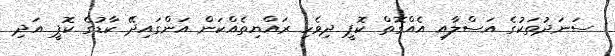
ސަނަދުތަކުގެ އަސްލާއި އެއްގޮތް ކޮޕީ ދިވެހި ރައްޔިތެއްކަން އަންގައިދޭ ކާޑުގެ ކޮޕީ އަދި